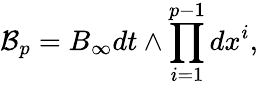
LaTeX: {\mathcal B}_{p}=B_{\infty}dt\wedge\prod_{i=1}^{p-1}dx^{i},